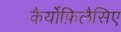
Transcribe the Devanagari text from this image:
कैर्योफ़िलैसिए